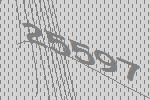
25597